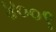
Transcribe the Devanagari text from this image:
४००९